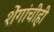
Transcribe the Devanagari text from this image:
शेंगांचीही